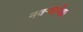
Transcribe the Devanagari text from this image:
नवऱ्यापेक्षा